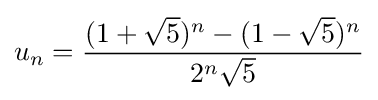
u_{n}={\frac {(1+{\sqrt {5}})^{n}-(1-{\sqrt {5}})^{n}}{2^{n}{\sqrt {5}}}}